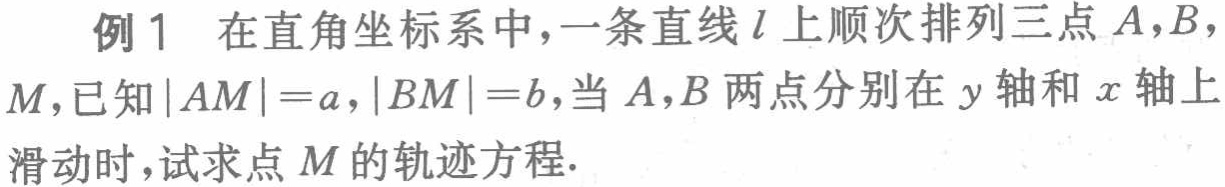
例1 在直角坐标系中，一条直线\(l\)上顺次排列三点\(A,B\)，\(M\)，已知\(\vert AM\vert = a\)，\(\vert BM\vert = b\)，当\(A,B\)两点分别在\(y\)轴和\(x\)轴上滑动时，试求点\(M\)的轨迹方程.